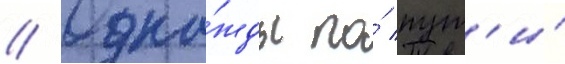
// Одна́жды по́ пут'и́